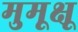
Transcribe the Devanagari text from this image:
मुमूक्षू